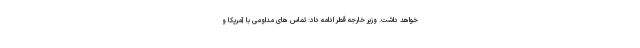
خواهد داشت. وزیر خارجه قطر ادامه داد: تماس های مداومی با آمریکا و